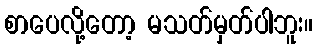
စာပေလို့တော့ မသတ်မှတ်ပါဘူး။